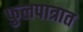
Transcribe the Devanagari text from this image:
फुलपात्रात